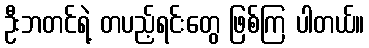
ဦးဘတင်ရဲ့ တပည့်ရင်းတွေ ဖြစ်ကြ ပါတယ်။